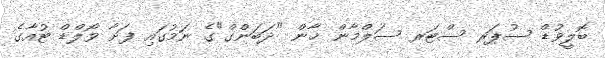
ބޮލީވުޑް ސުޕަރ ސްޓަރ ސަލްމާން ޚާން "ދަބަންގް"ގެ ނަމުގައި ފަށާ ވޯލްޑް ޓުއާގެ